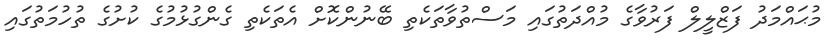
މުޙައްމަދު ފަޒްލީލް ފަރުވާގެ މުއްދަތުގައި މަސްތުވާތަކެތި ބޭނުންކޮށް އެތަކެތި ގެންގުޅުމުގެ ކުށުގެ ތުހުމަތުގައި